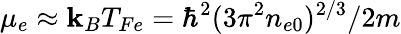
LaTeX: \mu_{e}\approx\mathbf{k}_{B}T_{Fe}=\hbar^{2}(3\pi^{2}n_{e0})^{2/3}/2m